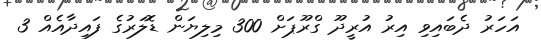
އަހަރު ދެބައިވި އިރު އުރީދޫ ގްރޫޕަށް 300 މިލިޔަން ޑޮލަރުގެ ފައިދާއެއް 3